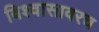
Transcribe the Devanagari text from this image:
विश्वासावरच